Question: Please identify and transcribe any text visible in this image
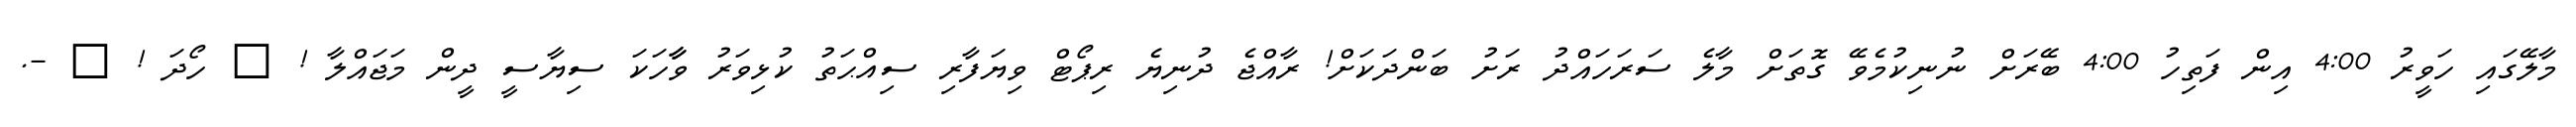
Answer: މާލޭގައި ހަވީރު 4:00 އިން ފަތިހު 4:00 ބޭރަށް ނުނިކުމެވޭ ގޮތަށް މާލެ ސަރަހައްދު ރަށު ބަންދަކަށް! ރާއްޖެ ދުނިޔެ ރިޕޯޓް ވިޔަފާރި ސިއްޙަތު ކުޅިވަރު ވާާހަކަ ސިޔާސީ ދީން މަޖައްލާ ! ? ހޯދަ ! ? -.